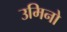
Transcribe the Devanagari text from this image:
उमिनो